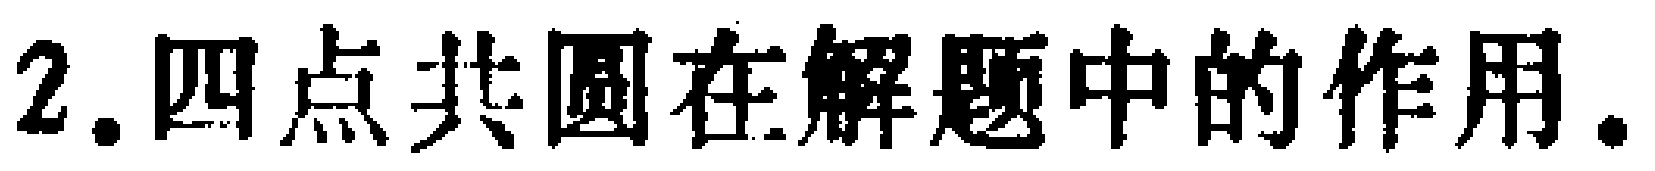
2. 四点共圆在解题中的作用.